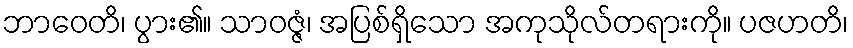
ဘာဝေတိ၊ ပွား၏။ သာဝဇ္ဇံ၊ အပြစ်ရှိသော အကုသိုလ်တရားကို။ ပဇဟတိ၊